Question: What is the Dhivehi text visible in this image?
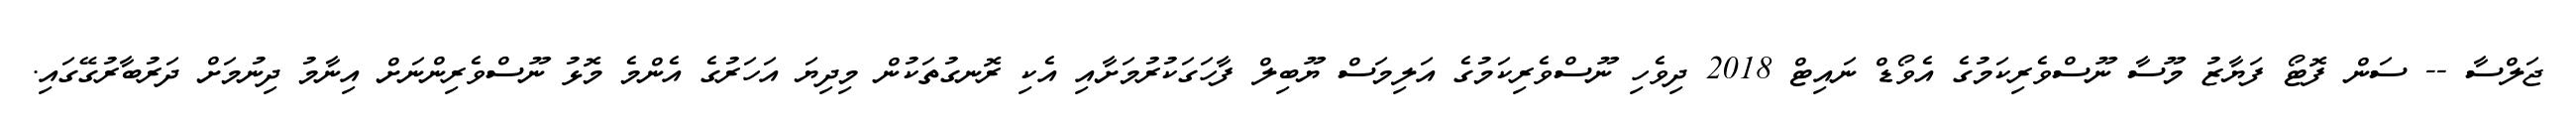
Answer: ޖަލްސާ -- ސަން ފޮޓޯ ފަޔާޒު މޫސާ ނޫސްވެރިކަމުގެ އެވޯޑް ނައިޓް 2018 ދިވެހި ނޫސްވެރިކަމުގެ އަލިމަސް ޔޫބިލް ފާހަގަކުރުމަށާއި އެކި ރޮނގުތަކުން މިދިޔަ އަހަރުގެ އެންމެ މޮޅު ނޫސްވެރިންނަށް އިނާމު ދިނުމަށް ދަރުބާރުގޭގައި.